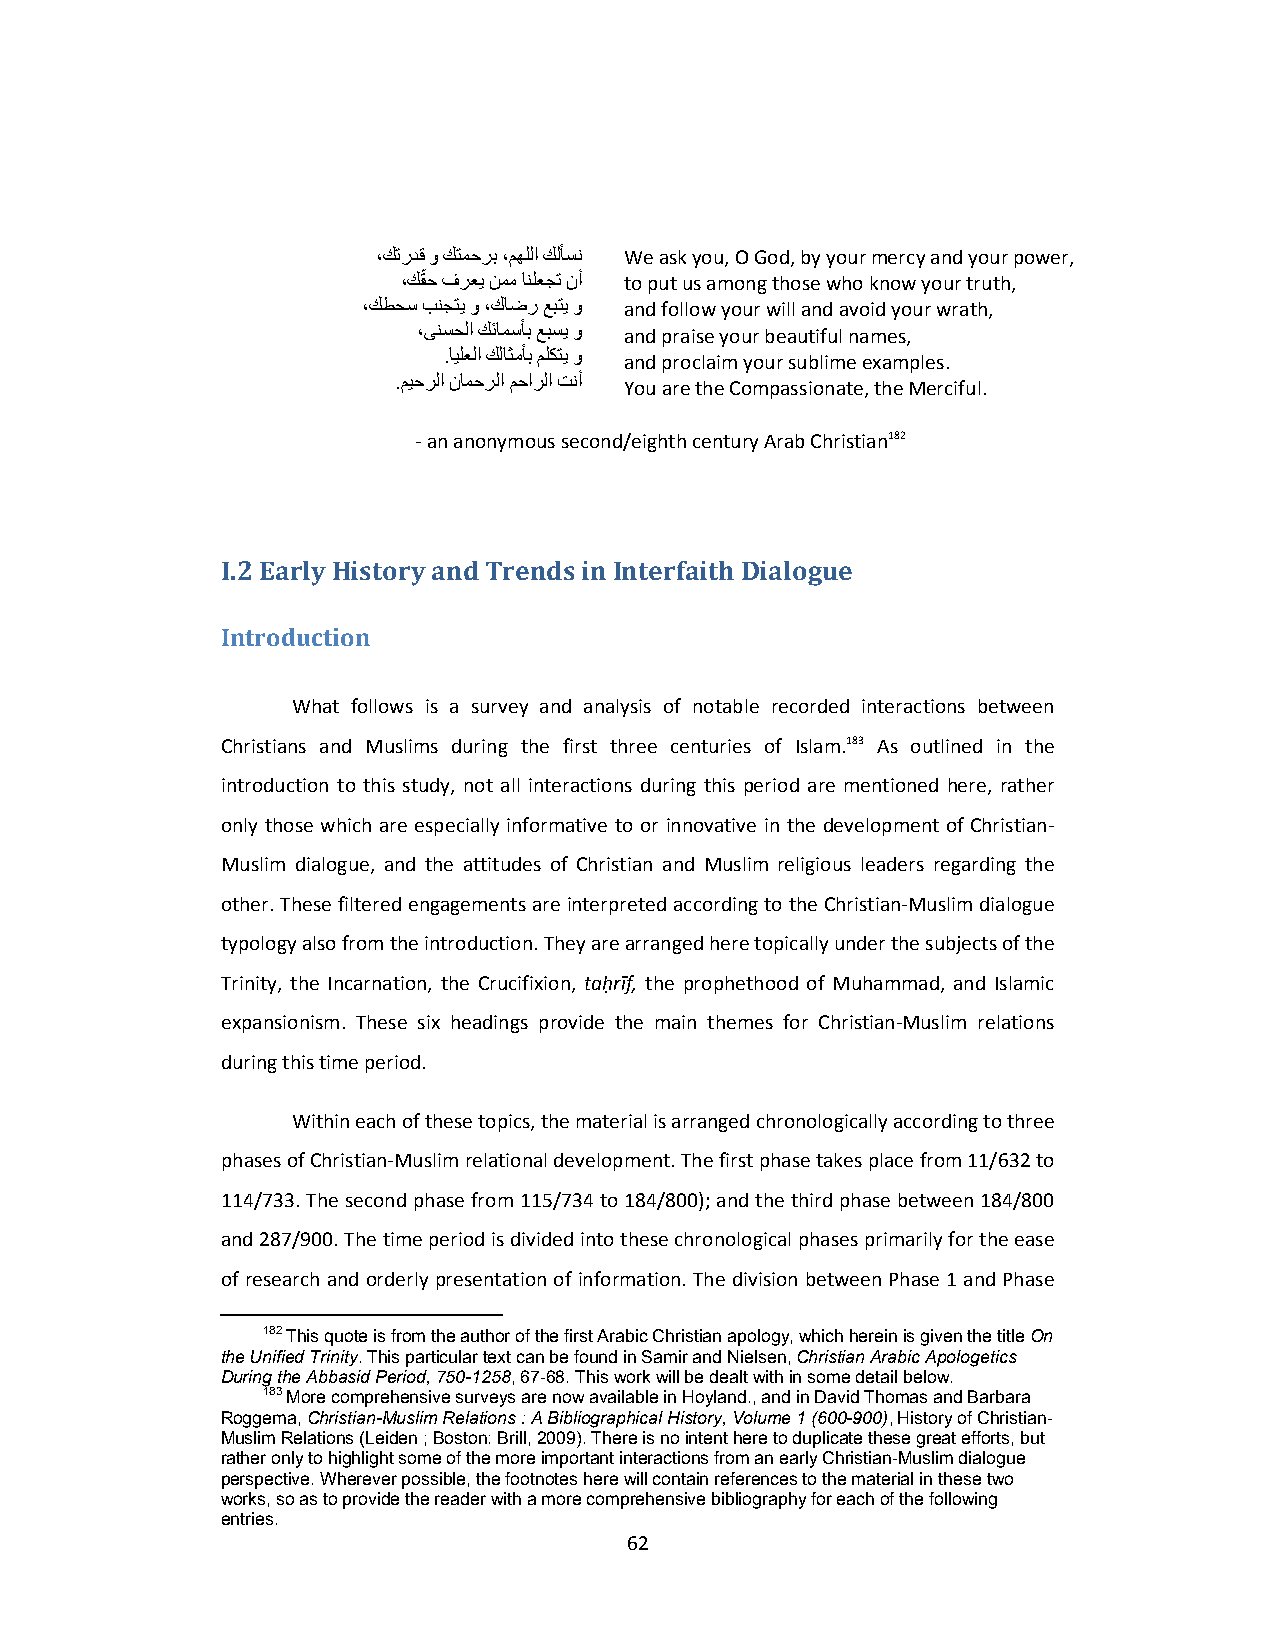
،كتردق و كتمحرب ،مھللاكلأسن We ask you, O God, by your mercy and your power,
 ،كقّح فرعي نمم انلعجت نأ to put us among those who know your truth,
 ،كطحس بنجتي و ،كاضر عبتي و and follow your will and avoid your wrath,
 ،ىنسحلا كئامسأب عبسي و and praise your beautiful names,
 .ايلعلا كلاثمأب ملكتي و
 and proclaim your sublime examples.
 .ميحرلا نامحرلا محارلا تنأ
 You are the Compassionate, the Merciful.
 ‐ an anonymous second/eighth century Arab Christian182
 I.2 Early History and Trends in Interfaith Dialogue
 Introduction
 What follows is a survey and analysis of notable recorded interactions between
 Christians and Muslims during the first three centuries of Islam.183 As outlined in the
 introduction to this study, not all interactions during this period are mentioned here, rather
 only those which are especially informative to or innovative in the development of Christian‐
 Muslim dialogue, and the attitudes of Christian and Muslim religious leaders regarding the
 other. These filtered engagements are interpreted according to the Christian‐Muslim dialogue
 typology also from the introduction. They are arranged here topically under the subjects of the
 Trinity, the Incarnation, the Crucifixion, taḥrīf, the prophethood of Muhammad, and Islamic
 expansionism. These six headings provide the main themes for Christian‐Muslim relations
 during this time period.
 Within each of these topics, the material is arranged chronologically according to three
 phases of Christian‐Muslim relational development. The first phase takes place from 11/632 to
 114/733. The second phase from 115/734 to 184/800); and the third phase between 184/800
 and 287/900. The time period is divided into these chronological phases primarily for the ease
 of research and orderly presentation of information. The division between Phase 1 and Phase
 182 This quote is from the author of the first Arabic Christian apology, which herein is given the title On
 the Unified Trinity. This particular text can be found in Samir and Nielsen, Christian Arabic Apologetics
 During the Abbasid Period, 750-1258, 67-68. This work will be dealt with in some detail below.
 183 More comprehensive surveys are now available in Hoyland., and in David Thomas and Barbara
 Roggema, Christian-Muslim Relations : A Bibliographical History, Volume 1 (600-900), History of Christian-
 Muslim Relations (Leiden ; Boston: Brill, 2009). There is no intent here to duplicate these great efforts, but
 rather only to highlight some of the more important interactions from an early Christian-Muslim dialogue
 perspective. Wherever possible, the footnotes here will contain references to the material in these two
 works, so as to provide the reader with a more comprehensive bibliography for each of the following
 entries.
 62